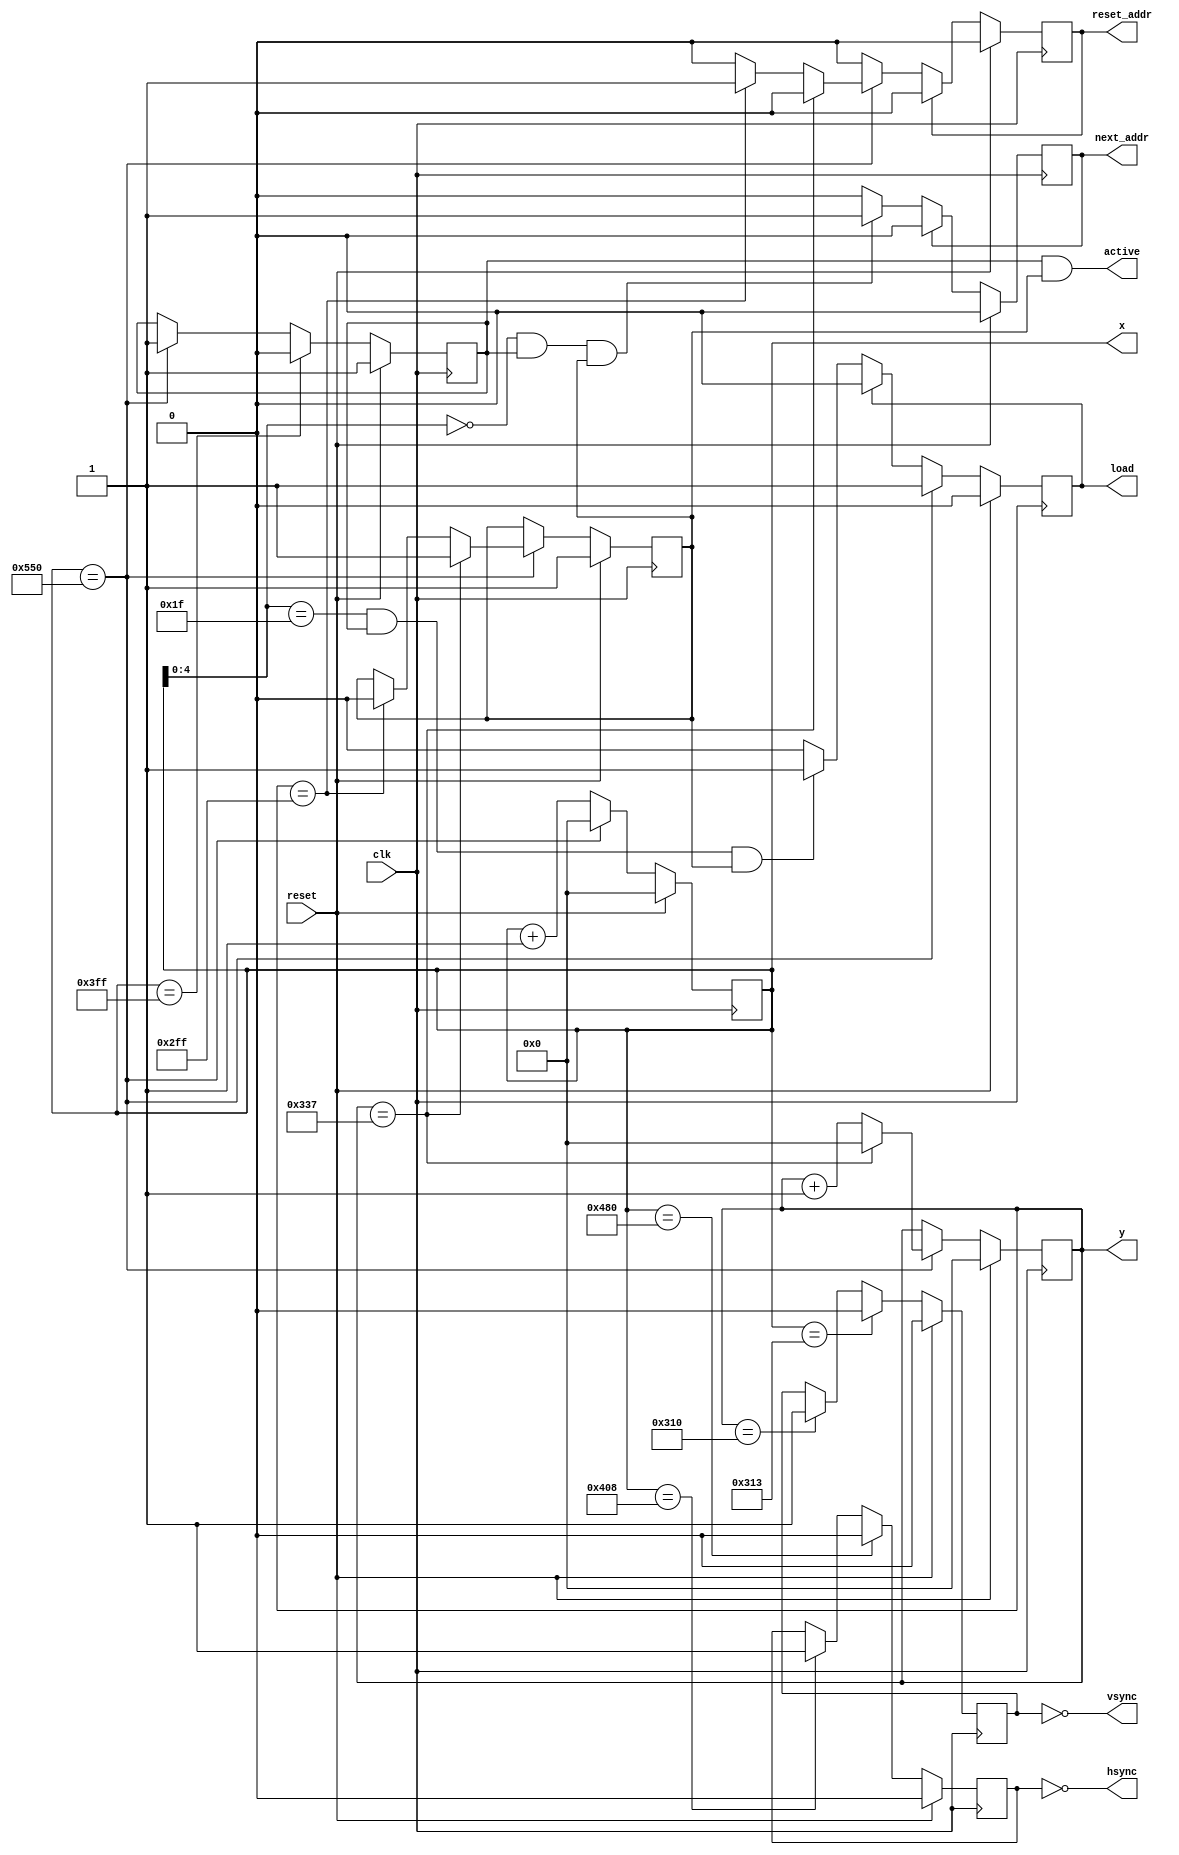
`timescale 1ns / 1ps
//////////////////////////////////////////////////////////////////////////////////
// Company: 
// Engineer: 
// 
// Design Name: 
// Module Name:    vga_sync_gen 
// Project Name: 
// Target Devices: 
// Tool versions: 
// Description: 
//
// Dependencies: 
//
// Revision: 
// Revision 0.01 - File Created
// Additional Comments: 
//
//////////////////////////////////////////////////////////////////////////////////
module vga_sync_gen(clk, reset, hsync, vsync, active, x, y, load, next_addr, reset_addr);
    input clk;
    input reset;
    output hsync;
    output vsync;
    output active;
    output [10:0] x;
    output [10:0] y;
    output load;
    output next_addr;
    output reset_addr;
	 
	 reg [10:0] CounterX;
	 reg [10:0] CounterY;
	 wire CounterXmaxed = (CounterX==11'h2FF);
	 
	 reg vga_HS, vga_VS;
	 reg activeX, activeY;
	 reg load, next_addr, reset_addr;
		
always @(posedge clk)
begin
   if (reset == 1) 
	   begin
		   CounterX <= 0;
			CounterY <= 0;
      	vga_HS <= 1'h0;
      	vga_VS <= 1'h0;
	      activeX <= 1'h1;
	      activeY <= 1'h1;
      	load <= 1'h0;
      	next_addr <= 1'h0;
      	reset_addr <= 1'h0;
		end
	else
	   begin
	      if (CounterX == 1032)
	      	vga_HS <= 1'h1;
      
	      if (CounterX == 1152)
		      vga_HS <= 1'h0;

	      if (CounterY == 784)
		      vga_VS <= 1'h1;

	      if (CounterX == 787)
		      vga_VS <= 1'h0;
				
			if (CounterX[4:0] == 31 && activeX && activeY)
			   load <= 1;

			if (CounterX[4:0] == 0 && activeX && activeY)
			   next_addr <= 1;
				
			if (load)
			   load <= 0;
			   
	      if (CounterX == 1360)
		      begin
			      CounterX <= 0;
			      activeX <= 1;
			      load <= 1;
		         if (CounterY == 823)
			         begin
					      CounterY <= 0;
					      activeY <= 1;
				      end
			      else
					  begin
	                if (CounterY == 767)
			             begin
		                  activeY <= 0;
			            	reset_addr <= 1;
			             end

				       CounterY <= CounterY + 1;
					  end
		      end
	      else
		      CounterX <= CounterX + 1;

			if (reset_addr)
			  begin
			   reset_addr <= 0;
			  end

			if (next_addr)
			  begin
			   next_addr <= 0;
			  end

	      if (CounterX == 1023)
		      activeX <= 0;
		end
end

assign active = activeX && activeY;
assign hsync = ~vga_HS;
assign vsync = ~vga_VS;
assign x = CounterX;
assign y = CounterY;

endmodule